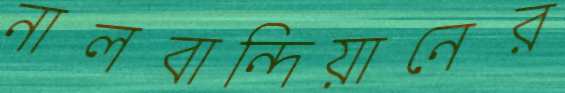
নালবান্দিয়ানের